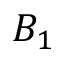
B _ { 1 }